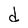
Character: d